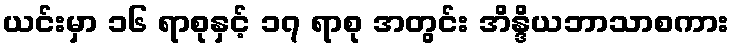
ယင်းမှာ ၁၆ ရာစုနှင့် ၁၇ ရာစု အတွင်း အိန္ဒိယဘာသာစကား